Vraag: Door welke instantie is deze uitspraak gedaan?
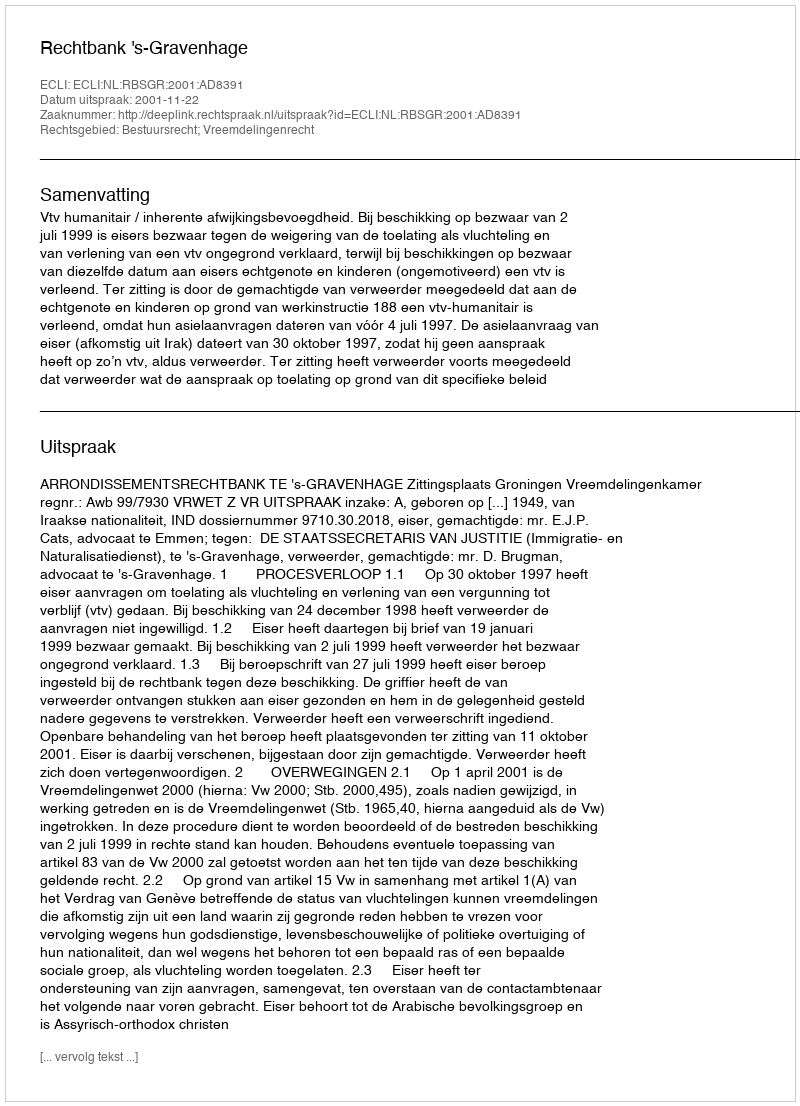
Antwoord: Rechtbank 's-Gravenhage